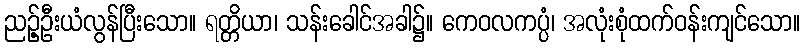
ညဉ့်ဦးယံလွန်ပြီးသော။ ရတ္တိယာ၊ သန်းခေါင်အခါ၌။ ကေဝလကပ္ပံ၊ အလုံးစုံထက်ဝန်းကျင်သော။